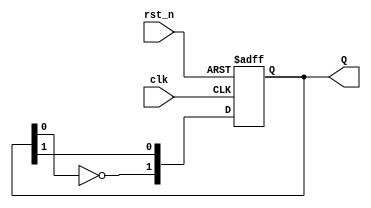
module DualStageJohnsonCounter (
    input wire clk,       // Clock input
    input wire rst_n,     // Asynchronous reset (active low)
    output reg [1:0] Q    // 2-bit output
);

    // Always block triggered on the rising edge of the clock or reset
    always @(posedge clk or negedge rst_n) begin
        if (!rst_n) begin
            // Initialization on reset
            Q <= 2'b00; // Start with 00
        end else begin
            // State transition for the Johnson counter
            Q[0] <= Q[1];             // Q1 takes the value of Q2
            Q[1] <= ~Q[0];            // Q2 takes the inverted value of Q1
        end
    end

endmodule